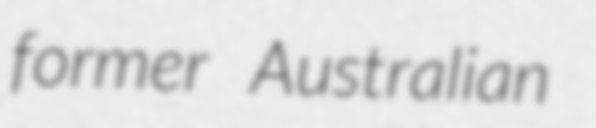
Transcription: former Australian